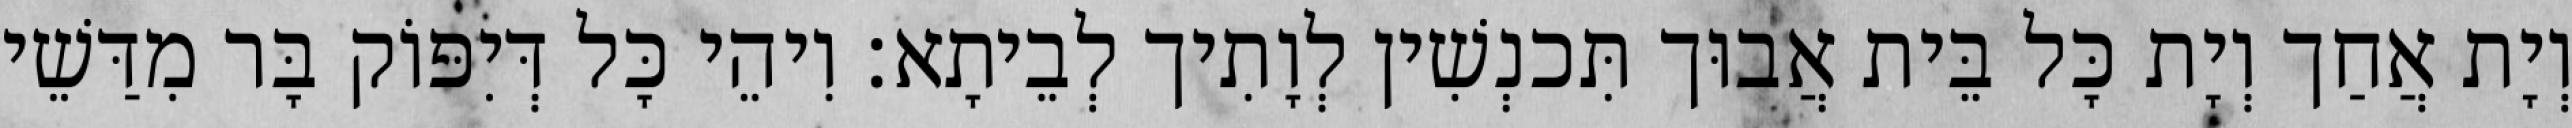
וְיָת אֲחַך וְיָת כָּל בֵּית אֲבוּך תִּכנְשִׁין לְוָתִיך לְבֵיתָא׃ וִיהֵי כָּל דְּיִפּוֹק בָּר מִדַּשֵׁי